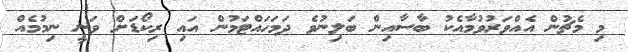
މި މެޗުން އެއްވަރުވުމާއެކު ބާސާއިން ބަލިނުވެ ދަމަހައްޓަމުން އައި ރިކޯޑަށް ވަނީ ނިމުމެއް